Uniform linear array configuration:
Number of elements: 8
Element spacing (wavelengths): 1
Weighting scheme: kaiser
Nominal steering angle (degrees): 0
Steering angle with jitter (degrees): -0.9353
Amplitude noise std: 0.05
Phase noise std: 0.05

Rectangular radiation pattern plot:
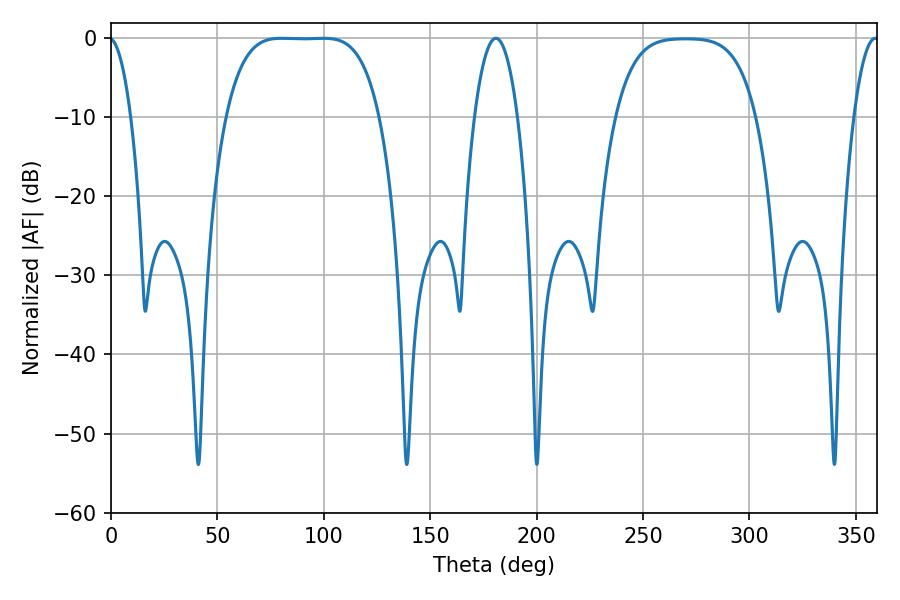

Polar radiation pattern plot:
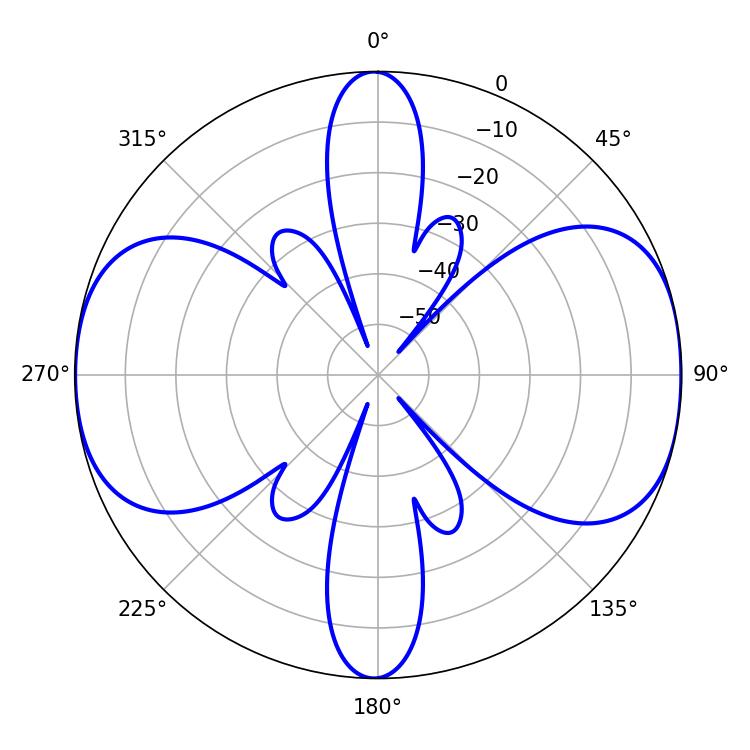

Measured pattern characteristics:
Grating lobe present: TRUE
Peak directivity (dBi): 11.804
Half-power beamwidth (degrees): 55.08
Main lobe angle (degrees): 80.1